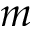
m